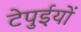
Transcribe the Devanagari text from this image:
टेपुईयों